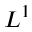
L ^ { 1 }